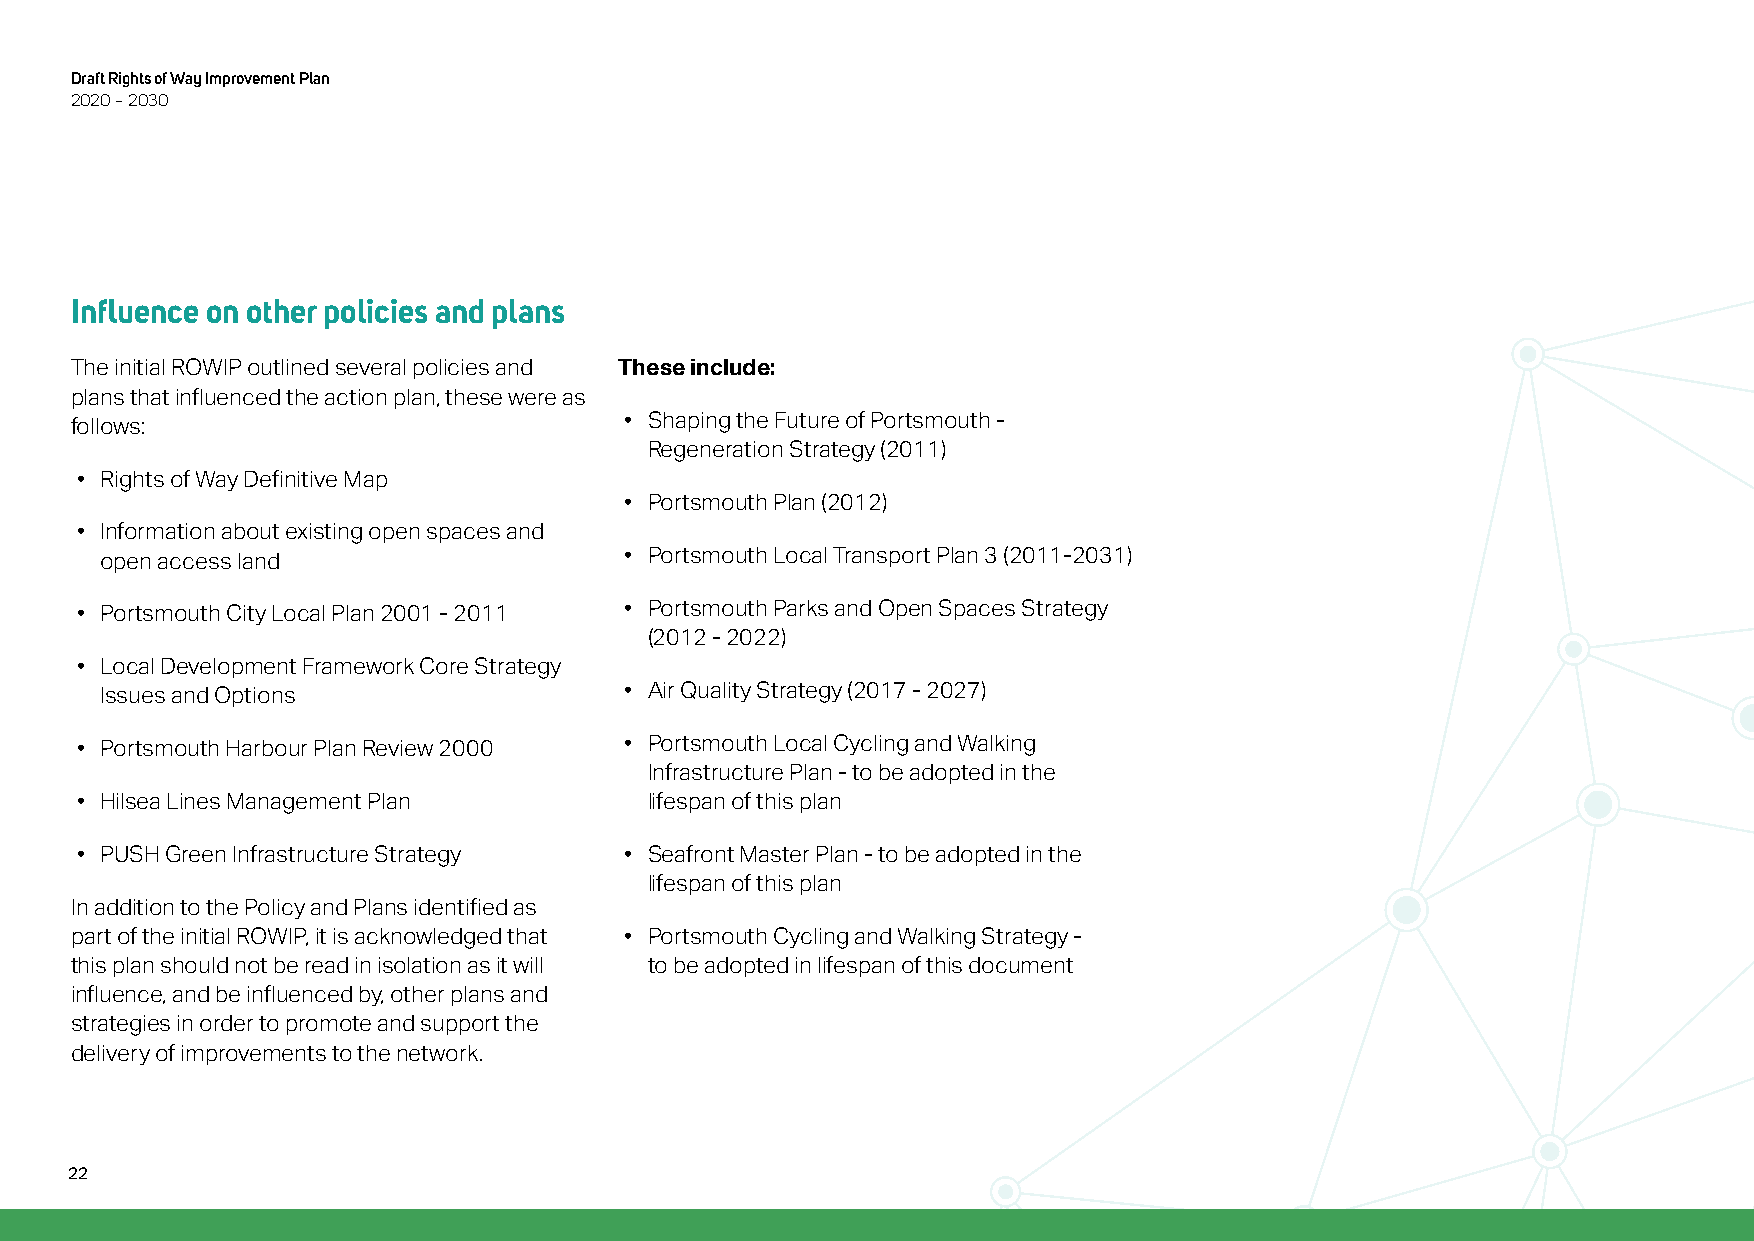
Draft Rights of Way Improvement Plan
 2020 – 2030
 Influence on other policies and plans
 The initial ROWIP outlined several policies and These include:
 plans that influenced the action plan, these were as
 follows:                            • Shaping the Future of Portsmouth -
 Regeneration Strategy (2011)
 • Rights of Way Definitive Map
 • Portsmouth Plan (2012)
 • Information about existing open spaces and
 open access land                  • Portsmouth Local Transport Plan 3 (2011-2031)
 • Portsmouth City Local Plan 2001 - 2011 • Portsmouth Parks and Open Spaces Strategy
 (2012 - 2022)
 • Local Development Framework Core Strategy
 Issues and Options                • Air Quality Strategy (2017 - 2027)
 • Portsmouth Harbour Plan Review 2000 • Portsmouth Local Cycling and Walking
 Infrastructure Plan - to be adopted in the
 • Hilsea Lines Management Plan        lifespan of this plan
 • PUSH Green Infrastructure Strategy • Seafront Master Plan - to be adopted in the
 lifespan of this plan
 In addition to the Policy and Plans identified as
 part of the initial ROWIP, it is acknowledged that • Portsmouth Cycling and Walking Strategy -
 this plan should not be read in isolation as it will to be adopted in lifespan of this document
 influence, and be influenced by, other plans and
 strategies in order to promote and support the
 delivery of improvements to the network.
 22